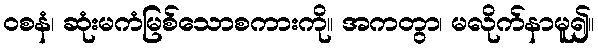
ဝစနံ၊ ဆုံးမကံမြစ်သောစကားကို။ အကတွာ၊ မလိုက်နာမူ၍။